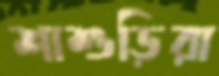
শাশুড়িরা